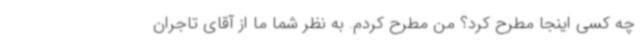
چه کسی اینجا مطرح کرد؟ من مطرح کردم. به نظر شما ما از آقای تاجران